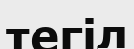
тегіл